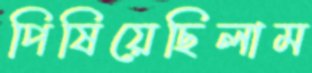
পিষিয়েছিলাম